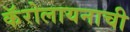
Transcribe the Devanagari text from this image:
कॅरोलायनाची